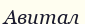
Авитал